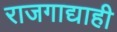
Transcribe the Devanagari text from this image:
राजगाद्याही